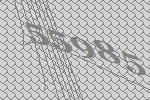
55985